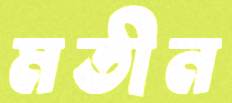
মতীন